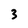
Character: 3